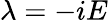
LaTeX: \lambda=-iE